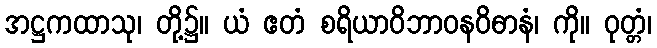
အဋ္ဌကထာသု၊ တို့၌။ ယံ ဧတံ စရိယာဝိဘာဝနဝိဓာနံ၊ ကို။ ဝုတ္တံ၊